Lunatic asylums Madras 1877-1891 - 1877-1891
Year: 1877
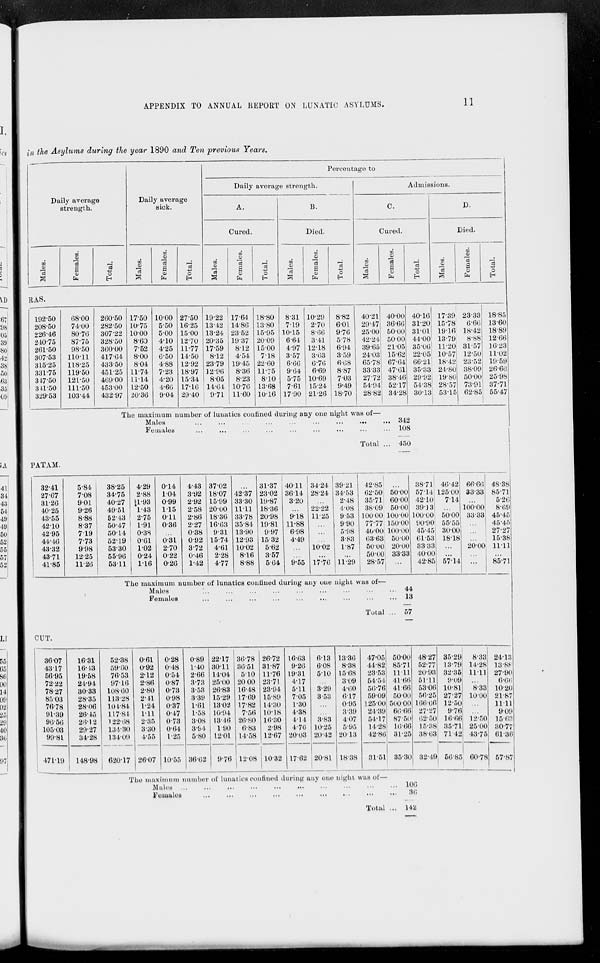
APPENDIX TO ANNUAL REPORT ON LUNATIC ASYLUMS.
11
in the Asylums during the year 1890 and Ten previous Years.
Daily average
strength.
Males.
Females.
Total.
Daily average
sick.
Males.
Females.
Total.
Percentage to
Daily average strength.
A.
Cured.
Males.
Females.
Total.
B.
Died.
Males.
Females.
Total.
Admissions.
C.
Cured.
Males.
Females.
Total.
D.
Died.
Males.
Females.
Total.
RAS.
192.50
208.50
226.46
240.75
261.50
307.53
315.25
331.75
347.50
341.50
329.53
68.00
74.00
80.76
87.75
98.50
110.11
118.25
119.50
121.50
111.50
103.44
260.50
282.50
307.22
328.50
360.00
417.64
433.50
451.25
469.00
453.00
432.97
17.50
10.75
10.00
8.60
7.52
8.00
8.04
11.74
11.14
12.50
20.36
10.00
5.50
5.00
4.10
4.25
6.50
4.88
7.23
4.20
4.66
9.04
27.50
16.25
15.00
12.70
11.77
14.50
12.92
18.97
15.34
17.16
29.40
19.22
13.42
13.24
20.35
17.59
8.12
23.79
12.96
8.05
14.64
9.71
17.64
14.86
23.52
19.37
8.12
4.54
19.45
8.36
8.23
10.76
11.60
18.80
13.80
15.95
20.09
15.00
7.18
22.60
11.75
8.10
13.68
10.16
8.31
7.19
10.15
6.64
4.97
3.57
6.66
9.64
5.75
7.61
17.90
10.29
2.70
8.66
3.41
12.18
3.63
6.76
6.69
10.69
15.24
21.26
8.82
6.01
9.76
5.78
6.94
3.59
6.68
8.87
7.03
9.49
18.70
40.21
29.47
25.00
42.24
39.65
24.03
65.78
33.33
27.72
54.94
28.82
40.00
36.66
50.00
50.00
21.05
15.62
67.64
47.61
38.46
52.17
34.28
40.16
31.20
31.01
44.00
35.06
22.05
66.21
35.33
29.92
54.38
30.13
The maximum number of lunatics confined during any one night was of—
Males
...
...
...
...
...
...
...
... ...
Females ... ... ... ... ... ... ... ... ...
Total ...
342
108
450
17.39
15.78
19.16
13.79
11.20
10.57
18.42
24.80
19.80
28.57
53.15
23.33
6.66
18.42
8.88
31.57
12.50
23.52
38.09
50.00
73.91
62.85
18.85
13.60
18.89
12.66
16.23
11.02
19.59
26.66
25.98
37.71
55.47
PATAM.
32.41
27.67
31.26
40.25
43.55
42.10
42.95
44.46
43.32
43.71
41.85
5.84
7.08
9.01
9.26
8.88
8.37
7.19
7.73
9.98
12.25
11.26
38.25
34.75
40.27
49.51
52.43
50.47
50.14
52.19
53.30
55.96
53.11
4.29
2.88
1.93
1.43
2.75
1.91
0.38
0.61
1.02
0.24
1.16
0.14
1.04
0.99
1.15
0.11
0.36
...
0.31
2.70
0.22
0.26
4.43
3.92
2.92
2.58
2.86
2.27
0.38
0.92
3.72
0.46
1.42
37.02
18.07
15.99
20.00
18.36
16.63
9.31
15.74
4.61
2.28
4.77
...
42.37
33.30
11.11
33.78
35.84
13.90
12.93
10.02
8.16
8.88
31.37
23.02
19.87
18.36
20.98
19.81
9.97
15.32
5.62
3.57
5 64
40.11
36.14
3.20
...
918
11.88
6.98
4.49
...
...
9.55
34.24
28.24
...
22.22
11.25
...
...
...
10.02
...
17.76
39.21
34.53
2.48
4.08
9.53
9.90
5.98
3.83
1.87
...
11.29
42.85
62.50
35.71
38.09
100.00
77.77
40.00
63.63
50.00
50.00
28.57
...
50.00
60.00
50.00
100.00
150.00
100.00
50.00
20.00
33.33
...
38.71
57.14
42.10
39.13
100.00
90.90
45.45
61.53
33.33
40.00
42.85
The maximum number of lunatics confined during any one night was of—
Males ... ... ... ... ... ...
Females
...
...
...
...
...
...
Total ...
44
13
57
46.42
125.00
7.14
...
50.00
55.55
30.00
18.18
...
...
57.14
66.66
33.33
...
100.00
33.33
...
...
...
20.00
...
...
48.38
85.71
5.26
8.69
45.45
45.45
27.27
15.38
11.11
...
85.71
CUT.
36.07
43.17
56.95
72.22
78.27
85.03
76.78
91.39
96.56
105.03
99.81
471.19
16.31
16.43
19.58
24.94
30.33
28.35
28.06
26.45
26.12
29.27
34.28
148.98
52.38
59.60
76.53
97.16
108.60
113.28
104.84
117.84
122.68
134.30
134.09
620.17
0.61
0.92
2.12
2.86
2.80
2.41
1.24
1.11
2.35
3.30
4.55
26.07
0.28
0.48
0.54
0.87
0.73
0.98
0.37
0.47
0.73
0.64
1.25
10.55
0.89
1.40
2.66
3.73
3.53
3.39
1.61
1.58
3.08
3.64
5.80
36.62
22.17
30.11
14.04
25.00
26.83
15.29
13.02
10.94
13.46
1.90
12.01
9.76
36.78
36.51
5.10
20.00
16.48
17.69
17.82
7.56
26.80
6.83
14.58
12.08
26.72
31.87
11.76
23.71
23.94
15.89
14.30
10.18
16.30
2.98
12.67
10.32
16.63
9.26
19.31
4.17
5.11
7.05
1.30
4.38
4.14
4.76
20.03
17.62
6.13
6.08
5.10
...
3.29
3.53
...
...
3.83
10.25
20.42
20.81
13.36
8.38
15.68
3.09
4.60
6.17
0.95
3.39
4.07
5.95
20.13
18.38
47.05
44.82
23.53
54.54
56.76
59.09
125.00
24.39
54.17
14.28
42.86
31.51
50.00
85.71
11.11
41.66
41.66
50.00
500.00
66.66
87.50
16.66
31.25
35.30
The maximum number of lunatics confined during any one night was of—
Males ...
...
...
...
... ... ... ...
Females
...
...
...
...
...
...
...
...
Total ...
48.27
52.77
20.93
51.11
53.06
56.25
166.66
27.27
62.50
15.38
38.63
32.49
106
36
142
35.29
13.79
32.35
9.09
10.81
27.27
12.50
9.76
16.66
35.71
71.42
56.85
8.33
14.28
11.11
...
8.33
10.00
...
...
12.50
25.00
43.78
60.78
24.13
13.88
27.90
6.66
10.20
21.87
11.11
9.09
15.63
30.77
61.36
57.87